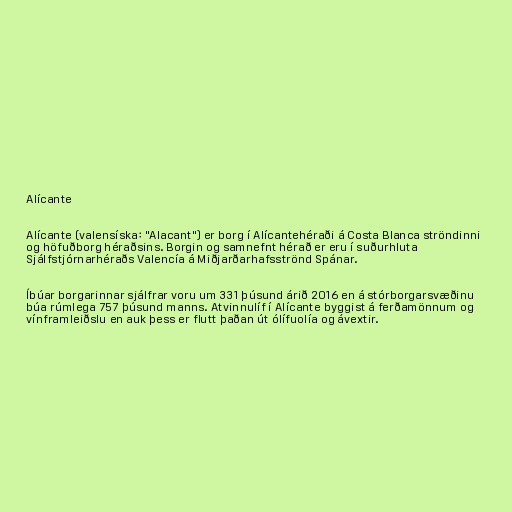
Alícante

Alícante (valensíska: "Alacant") er borg í Alícantehéraði á Costa Blanca ströndinni
og höfuðborg héraðsins. Borgin og samnefnt hérað er eru í suðurhluta
Sjálfstjórnarhéraðs Valencía á Miðjarðarhafsströnd Spánar.

Íbúar borgarinnar sjálfrar voru um 331 þúsund árið 2016 en á stórborgarsvæðinu
búa rúmlega 757 þúsund manns. Atvinnulíf í Alícante byggist á ferðamönnum og
vínframleiðslu en auk þess er flutt þaðan út ólífuolía og ávextir.